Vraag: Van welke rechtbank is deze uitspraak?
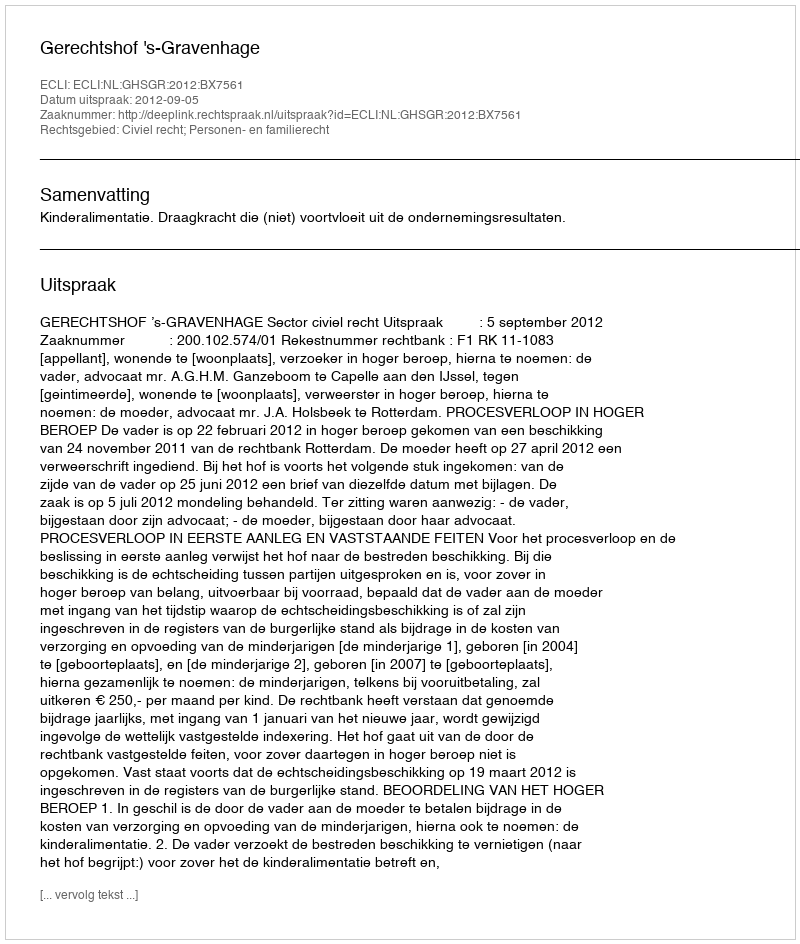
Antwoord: Gerechtshof 's-Gravenhage